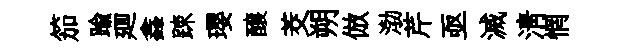
笳踰廽鑫踈瓔醸茭朔倣渤芹亟滅淸惘